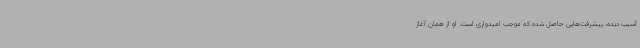
آسیب دیده، پیشرفت‌هایی حاصل شده که موجب امیدواری است. او از همان آغاز